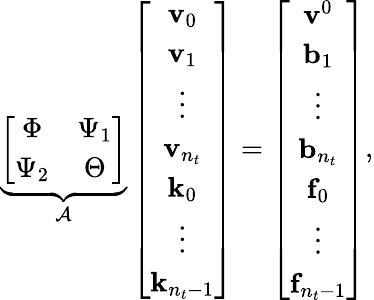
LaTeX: \underbrace{\left[\begin{array}{cc}{\Phi}&{\Psi_{1}}\\ {\Psi_{2}}&{\Theta}\end{array}\right]}_{\mathcal{A}}\left[\begin{array}{c}{\mathbf{v}_{0}}\\ {\mathbf{v}_{1}}\\ {\vdots}\\ {\mathbf{v}_{n_{t}}}\\ {\mathbf{k}_{0}}\\ {\vdots}\\ {\mathbf{k}_{n_{t}-1}}\end{array}\right]=\left[\begin{array}{c}{\mathbf{v}^{0}}\\ {\mathbf{b}_{1}}\\ {\vdots}\\ {\mathbf{b}_{n_{t}}}\\ {\mathbf{f}_{0}}\\ {\vdots}\\ {\mathbf{f}_{n_{t}-1}}\end{array}\right],